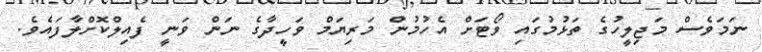
ނަމަވެސް މަޖިލީހުގެ ތަޅުމުގައި ވޯޓަށް އެހުމުން މަރިޔަމް ވަހީދާގެ ނަން ވަނީ ފެއިލްކޮށްލާފައެވެ.